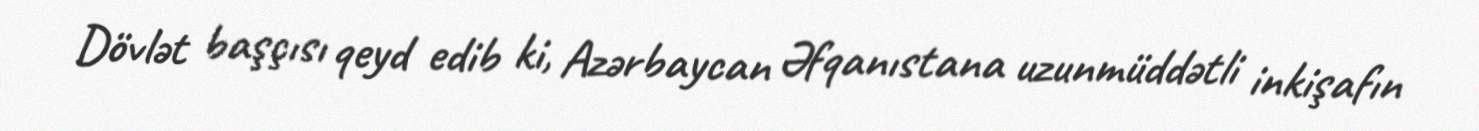
Dövlət başçısı qeyd edib ki, Azərbaycan Əfqanıstana uzunmüddətli inkişafın